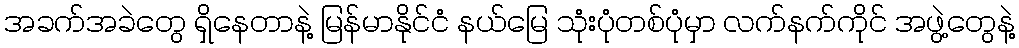
အခက်အခဲတွေ ရှိနေတာနဲ့ မြန်မာနိုင်ငံ နယ်မြေ သုံးပုံတစ်ပုံမှာ လက်နက်ကိုင် အဖွဲ့တွေနဲ့